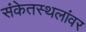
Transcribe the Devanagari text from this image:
संकेतस्थलांवर